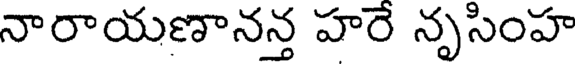
నారాయణానన్త హరే నృసింహ